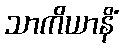
သာကိယာနိံ